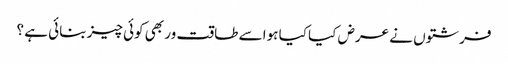
فرشتوں نے عرض کیا کیا ہوا سے طاقت ور بھی کوئی چیز بنائی ہے ؟